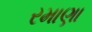
રમાણા